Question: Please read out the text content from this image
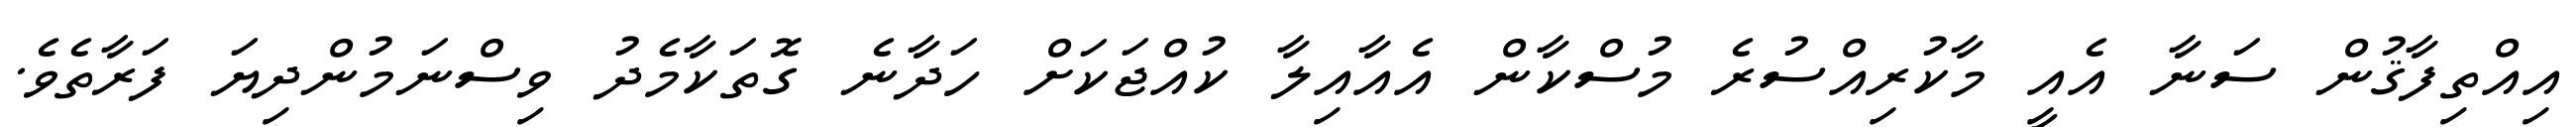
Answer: އިއްތިފާޤުން ސަނާ އެއީ މާކުރިއްސުރެ މުސްކާން އެއާއިލާ ކުއްޖަކަށް ހަދާނެ ގޮތަކާމެދު ވިސްނަމުންދިޔަ ފަރާތެވެ.